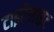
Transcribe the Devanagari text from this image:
टाइटेनाइट